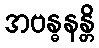
အဗန္ဓနန္တိ